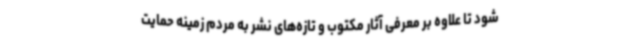
شود تا علاوه بر معرفی آثار مکتوب و تازه‌های نشر به مردم زمینه حمایت